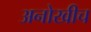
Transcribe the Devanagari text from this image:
अनोखीच